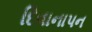
દિવાનાપન